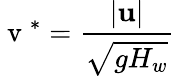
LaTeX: \mathrm{~v~}^{*}=\frac{\vert\mathbf{u}\vert}{\sqrt{gH_{w}}}